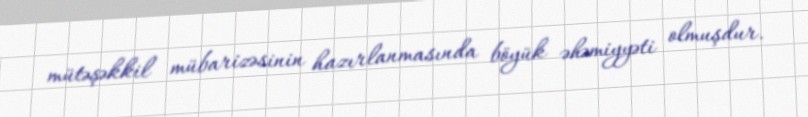
mütəşəkkil mübarizəsinin hazırlanmasında böyük əhəmiyyəti olmuşdur.